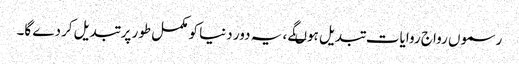
رسموں رواج روایات تبدیل ہوںگے ، یہ دور دنیا کو مکمل طور پر تبدیل کردے گا۔